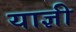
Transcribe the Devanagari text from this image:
याज्ञी